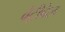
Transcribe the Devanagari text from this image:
वेट्रीवेल